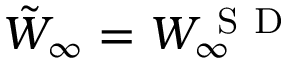
\tilde { W } _ { \infty } = W _ { \infty } ^ { \mathrm { ~ S ~ D ~ } }